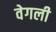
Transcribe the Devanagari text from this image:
वेगली